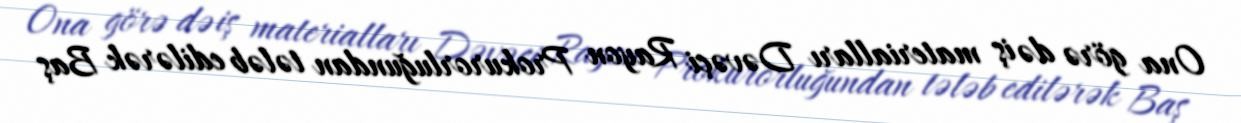
Ona görə də iş materialları Dəvəçi Rayon Prokurorluğundan tələb edilərək Baş